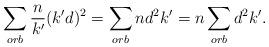
LaTeX: \begin{align*}\sum_{orb} \frac{n}{k'} (k'd)^2 = \sum_{orb} n d^2 k'= n \sum_{orb} d^2 k'.\end{align*}